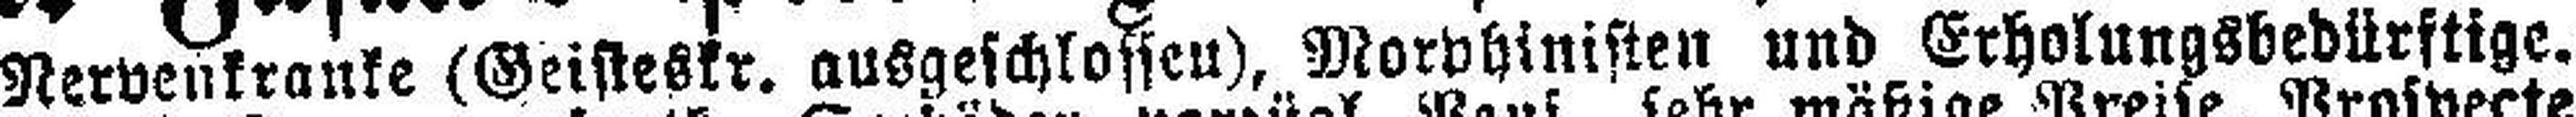
Nervenkranke (Geisteskr. ausgeschlossen), Morphinisten und Erholungsbedürftige.